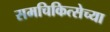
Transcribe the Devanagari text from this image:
समचिकित्सेच्या